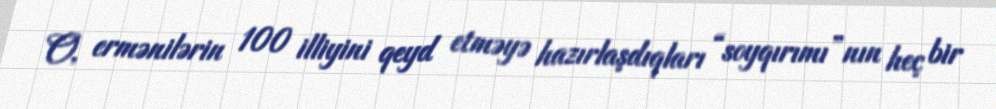
O, ermənilərin 100 illiyini qeyd etməyə hazırlaşdıqları “soyqırımı”nın heç bir